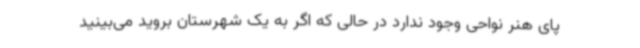
پای هنر نواحی وجود ندارد در حالی که اگر به یک شهرستان بروید می‌بینید